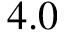
4 . 0